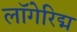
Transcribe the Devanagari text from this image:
लॉगेरिद्म